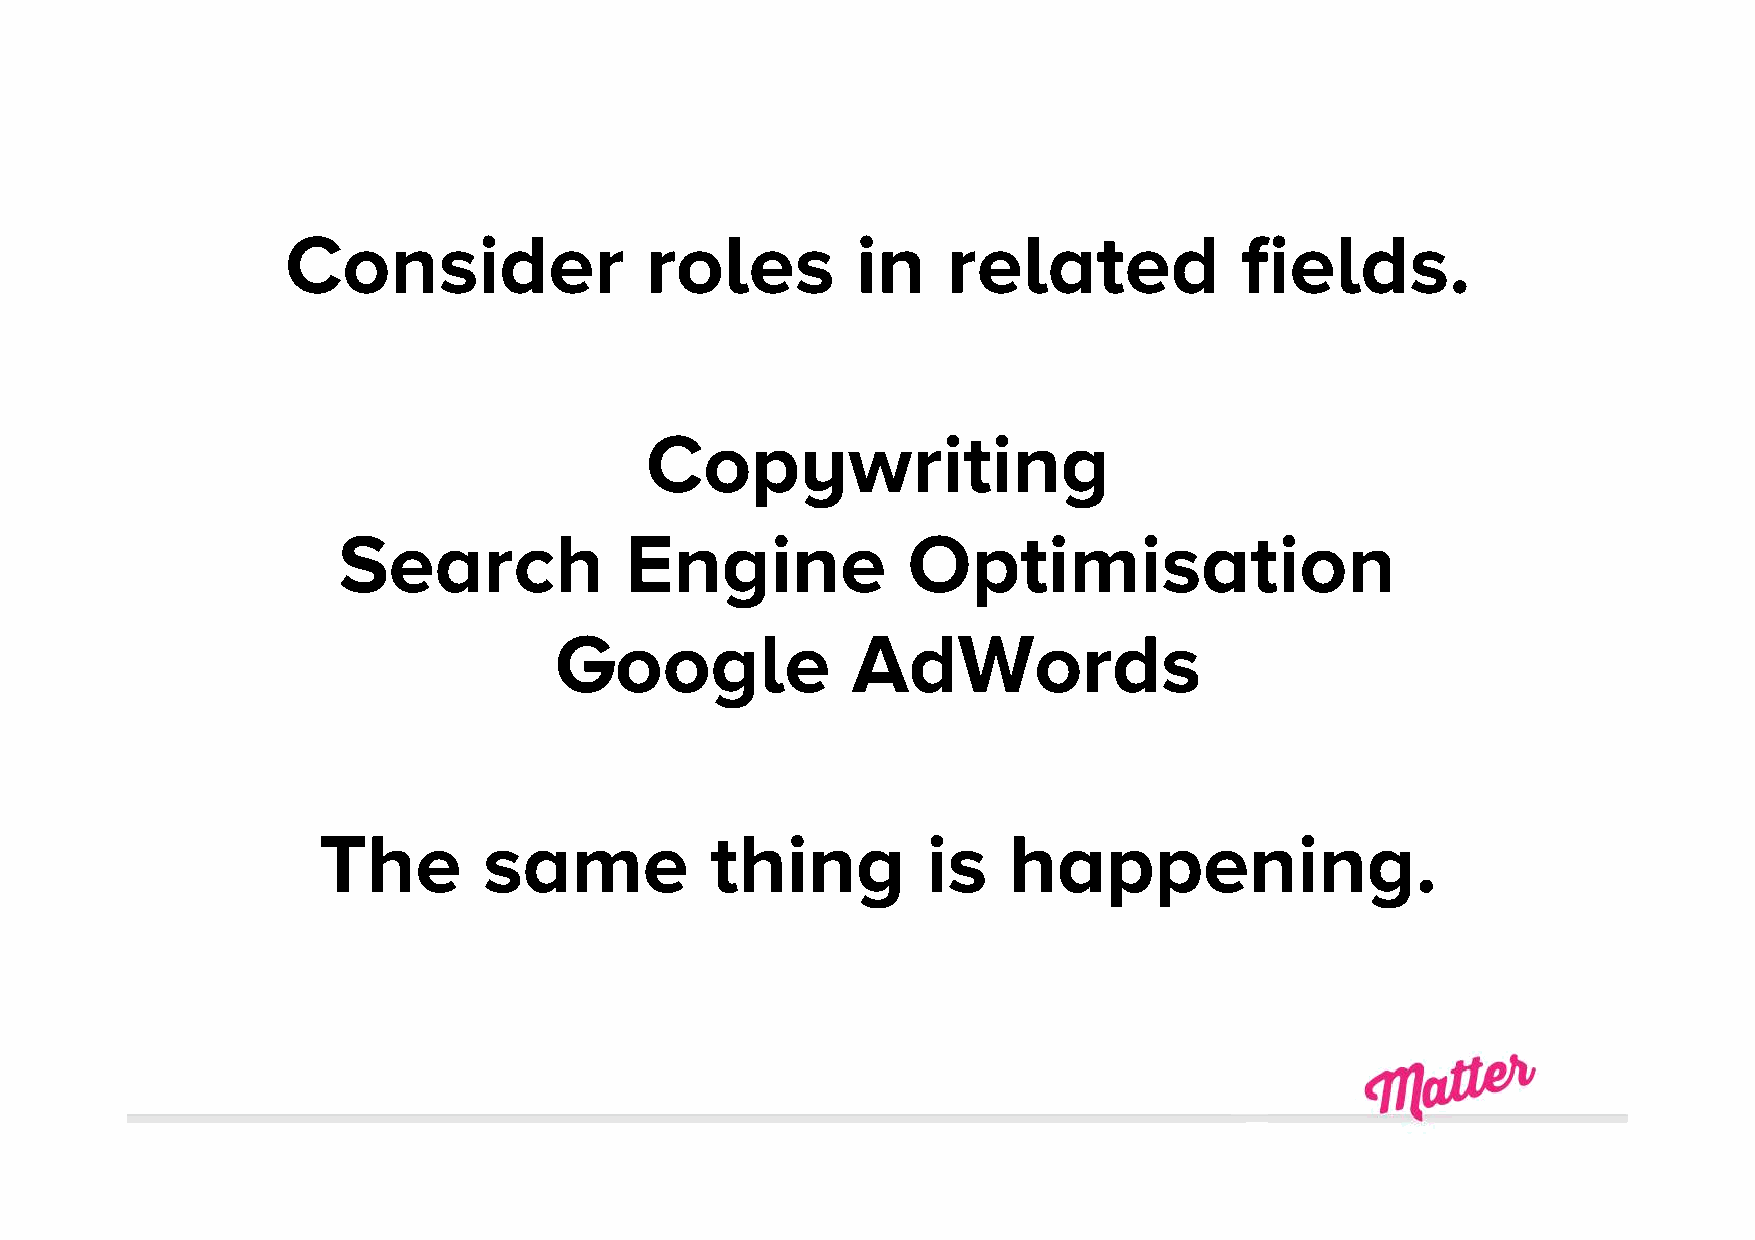
Consider                roles         in    related            fields.
 Copywriting
 Search             Engine             Optimisation
 Google             AdWords
 The        same           thing         is    happening.